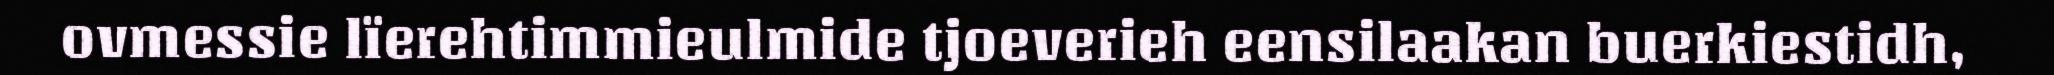
ovmessie lïerehtimmieulmide tjoeverieh eensilaakan buerkiestidh,